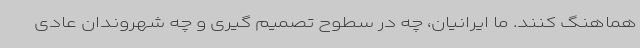
هماهنگ کنند. ما ایرانیان، چه در سطوح تصمیم گیری و چه شهروندان عادی